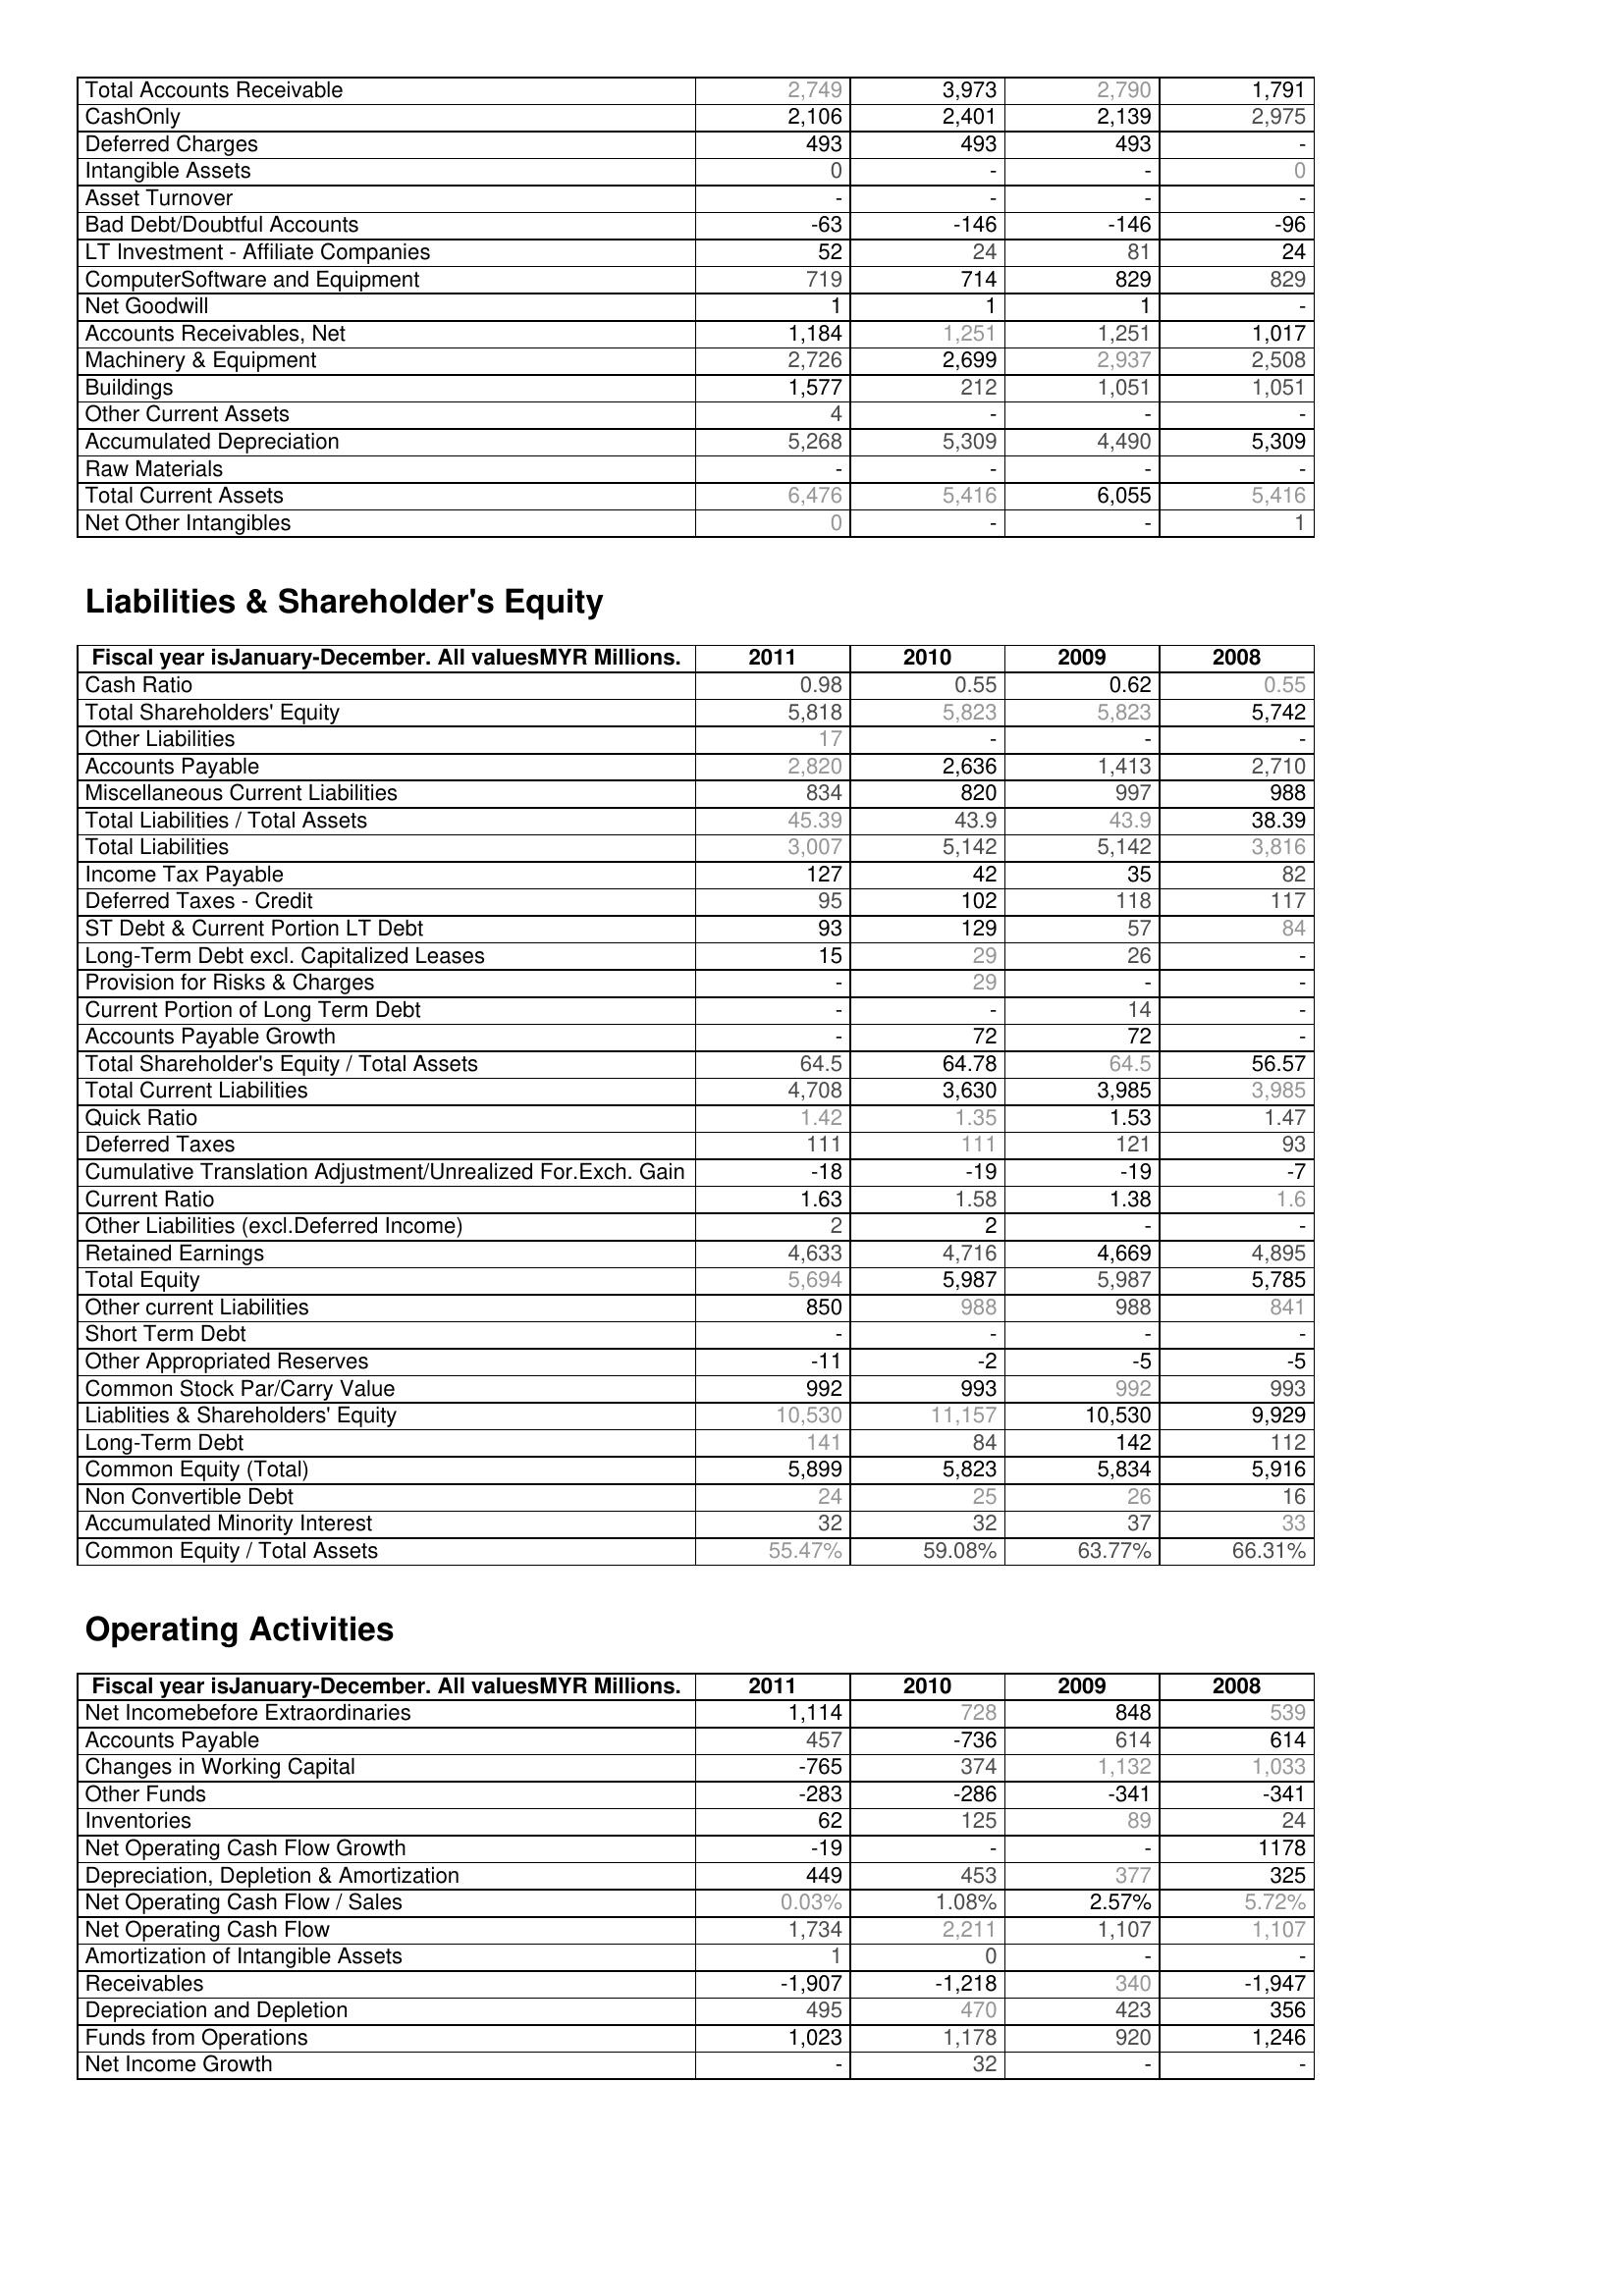
2011: Assets: Total Accounts Receivable: 2,749
CashOnly: 2,106
Deferred Charges: 493
Intangible Assets: 0
Asset Turnover: -
Bad Debt/Doubtful Accounts: -63
LT Investment - Affiliate Companies: 52
ComputerSoftware and Equipment: 719
Net Goodwill: 1
Accounts Receivables, Net: 1,184
Machinery & Equipment: 2,726
Buildings: 1,577
Other Current Assets: 4
Accumulated Depreciation: 5,268
Raw Materials: -
Total Current Assets: 6,476
Net Other Intangibles: 0
Liabilities & Shareholder's Equity: Cash Ratio: 0.98
Total Shareholders' Equity: 5,818
Other Liabilities: 17
Accounts Payable: 2,820
Miscellaneous Current Liabilities: 834
Total Liabilities / Total Assets: 45.39
Total Liabilities: 3,007
Income Tax Payable: 127
Deferred Taxes - Credit: 95
ST Debt & Current Portion LT Debt: 93
Long-Term Debt excl. Capitalized Leases: 15
Provision for Risks & Charges: -
Current Portion of Long Term Debt: -
Accounts Payable Growth: -
Total Shareholder's Equity / Total Assets: 64.5
Total Current Liabilities: 4,708
Quick Ratio: 1.42
Deferred Taxes: 111
Cumulative Translation Adjustment/Unrealized For.Exch. Gain: -18
Current Ratio: 1.63
Other Liabilities (excl.Deferred Income): 2
Retained Earnings: 4,633
Total Equity: 5,694
Other current Liabilities: 850
Short Term Debt: -
Other Appropriated Reserves: -11
Common Stock Par/Carry Value: 992
Liablities & Shareholders' Equity: 10,530
Long-Term Debt: 141
Common Equity (Total): 5,899
Non Convertible Debt: 24
Accumulated Minority Interest: 32
Common Equity / Total Assets: 55.47%
Operating Activities: Net Incomebefore Extraordinaries: 1,114
Accounts Payable: 457
Changes in Working Capital: -765
Other Funds: -283
Inventories: 62
Net Operating Cash Flow Growth: -19
Depreciation, Depletion & Amortization: 449
Net Operating Cash Flow / Sales: 0.03%
Net Operating Cash Flow: 1,734
Amortization of Intangible Assets: 1
Receivables: -1,907
Depreciation and Depletion: 495
Funds from Operations: 1,023
Net Income Growth: -
2010: Assets: Total Accounts Receivable: 3,973
CashOnly: 2,401
Deferred Charges: 493
Intangible Assets: -
Asset Turnover: -
Bad Debt/Doubtful Accounts: -146
LT Investment - Affiliate Companies: 24
ComputerSoftware and Equipment: 714
Net Goodwill: 1
Accounts Receivables, Net: 1,251
Machinery & Equipment: 2,699
Buildings: 212
Other Current Assets: -
Accumulated Depreciation: 5,309
Raw Materials: -
Total Current Assets: 5,416
Net Other Intangibles: -
Liabilities & Shareholder's Equity: Cash Ratio: 0.55
Total Shareholders' Equity: 5,823
Other Liabilities: -
Accounts Payable: 2,636
Miscellaneous Current Liabilities: 820
Total Liabilities / Total Assets: 43.9
Total Liabilities: 5,142
Income Tax Payable: 42
Deferred Taxes - Credit: 102
ST Debt & Current Portion LT Debt: 129
Long-Term Debt excl. Capitalized Leases: 29
Provision for Risks & Charges: 29
Current Portion of Long Term Debt: -
Accounts Payable Growth: 72
Total Shareholder's Equity / Total Assets: 64.78
Total Current Liabilities: 3,630
Quick Ratio: 1.35
Deferred Taxes: 111
Cumulative Translation Adjustment/Unrealized For.Exch. Gain: -19
Current Ratio: 1.58
Other Liabilities (excl.Deferred Income): 2
Retained Earnings: 4,716
Total Equity: 5,987
Other current Liabilities: 988
Short Term Debt: -
Other Appropriated Reserves: -2
Common Stock Par/Carry Value: 993
Liablities & Shareholders' Equity: 11,157
Long-Term Debt: 84
Common Equity (Total): 5,823
Non Convertible Debt: 25
Accumulated Minority Interest: 32
Common Equity / Total Assets: 59.08%
Operating Activities: Net Incomebefore Extraordinaries: 728
Accounts Payable: -736
Changes in Working Capital: 374
Other Funds: -286
Inventories: 125
Net Operating Cash Flow Growth: -
Depreciation, Depletion & Amortization: 453
Net Operating Cash Flow / Sales: 1.08%
Net Operating Cash Flow: 2,211
Amortization of Intangible Assets: 0
Receivables: -1,218
Depreciation and Depletion: 470
Funds from Operations: 1,178
Net Income Growth: 32
2009: Assets: Total Accounts Receivable: 2,790
CashOnly: 2,139
Deferred Charges: 493
Intangible Assets: -
Asset Turnover: -
Bad Debt/Doubtful Accounts: -146
LT Investment - Affiliate Companies: 81
ComputerSoftware and Equipment: 829
Net Goodwill: 1
Accounts Receivables, Net: 1,251
Machinery & Equipment: 2,937
Buildings: 1,051
Other Current Assets: -
Accumulated Depreciation: 4,490
Raw Materials: -
Total Current Assets: 6,055
Net Other Intangibles: -
Liabilities & Shareholder's Equity: Cash Ratio: 0.62
Total Shareholders' Equity: 5,823
Other Liabilities: -
Accounts Payable: 1,413
Miscellaneous Current Liabilities: 997
Total Liabilities / Total Assets: 43.9
Total Liabilities: 5,142
Income Tax Payable: 35
Deferred Taxes - Credit: 118
ST Debt & Current Portion LT Debt: 57
Long-Term Debt excl. Capitalized Leases: 26
Provision for Risks & Charges: -
Current Portion of Long Term Debt: 14
Accounts Payable Growth: 72
Total Shareholder's Equity / Total Assets: 64.5
Total Current Liabilities: 3,985
Quick Ratio: 1.53
Deferred Taxes: 121
Cumulative Translation Adjustment/Unrealized For.Exch. Gain: -19
Current Ratio: 1.38
Other Liabilities (excl.Deferred Income): -
Retained Earnings: 4,669
Total Equity: 5,987
Other current Liabilities: 988
Short Term Debt: -
Other Appropriated Reserves: -5
Common Stock Par/Carry Value: 992
Liablities & Shareholders' Equity: 10,530
Long-Term Debt: 142
Common Equity (Total): 5,834
Non Convertible Debt: 26
Accumulated Minority Interest: 37
Common Equity / Total Assets: 63.77%
Operating Activities: Net Incomebefore Extraordinaries: 848
Accounts Payable: 614
Changes in Working Capital: 1,132
Other Funds: -341
Inventories: 89
Net Operating Cash Flow Growth: -
Depreciation, Depletion & Amortization: 377
Net Operating Cash Flow / Sales: 2.57%
Net Operating Cash Flow: 1,107
Amortization of Intangible Assets: -
Receivables: 340
Depreciation and Depletion: 423
Funds from Operations: 920
Net Income Growth: -
2008: Assets: Total Accounts Receivable: 1,791
CashOnly: 2,975
Deferred Charges: -
Intangible Assets: 0
Asset Turnover: -
Bad Debt/Doubtful Accounts: -96
LT Investment - Affiliate Companies: 24
ComputerSoftware and Equipment: 829
Net Goodwill: -
Accounts Receivables, Net: 1,017
Machinery & Equipment: 2,508
Buildings: 1,051
Other Current Assets: -
Accumulated Depreciation: 5,309
Raw Materials: -
Total Current Assets: 5,416
Net Other Intangibles: 1
Liabilities & Shareholder's Equity: Cash Ratio: 0.55
Total Shareholders' Equity: 5,742
Other Liabilities: -
Accounts Payable: 2,710
Miscellaneous Current Liabilities: 988
Total Liabilities / Total Assets: 38.39
Total Liabilities: 3,816
Income Tax Payable: 82
Deferred Taxes - Credit: 117
ST Debt & Current Portion LT Debt: 84
Long-Term Debt excl. Capitalized Leases: -
Provision for Risks & Charges: -
Current Portion of Long Term Debt: -
Accounts Payable Growth: -
Total Shareholder's Equity / Total Assets: 56.57
Total Current Liabilities: 3,985
Quick Ratio: 1.47
Deferred Taxes: 93
Cumulative Translation Adjustment/Unrealized For.Exch. Gain: -7
Current Ratio: 1.6
Other Liabilities (excl.Deferred Income): -
Retained Earnings: 4,895
Total Equity: 5,785
Other current Liabilities: 841
Short Term Debt: -
Other Appropriated Reserves: -5
Common Stock Par/Carry Value: 993
Liablities & Shareholders' Equity: 9,929
Long-Term Debt: 112
Common Equity (Total): 5,916
Non Convertible Debt: 16
Accumulated Minority Interest: 33
Common Equity / Total Assets: 66.31%
Operating Activities: Net Incomebefore Extraordinaries: 539
Accounts Payable: 614
Changes in Working Capital: 1,033
Other Funds: -341
Inventories: 24
Net Operating Cash Flow Growth: 1178
Depreciation, Depletion & Amortization: 325
Net Operating Cash Flow / Sales: 5.72%
Net Operating Cash Flow: 1,107
Amortization of Intangible Assets: -
Receivables: -1,947
Depreciation and Depletion: 356
Funds from Operations: 1,246
Net Income Growth: -